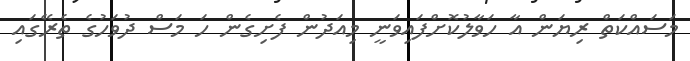
މަސައްކަތް ރިޔަން އާ ހަވާލުކޮށްފައިވަނީ މިއަދުން ފެށިގެން ހަ މަސް ދުވަހުގެ ތެރޭގައި